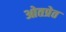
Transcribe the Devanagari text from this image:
ओतप्रेत